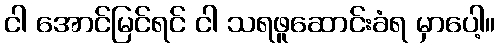
ငါ အောင်မြင်ရင် ငါ သရဖူဆောင်းခံရ မှာပေါ့။